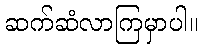
ဆက်ဆံလာကြမှာပါ။